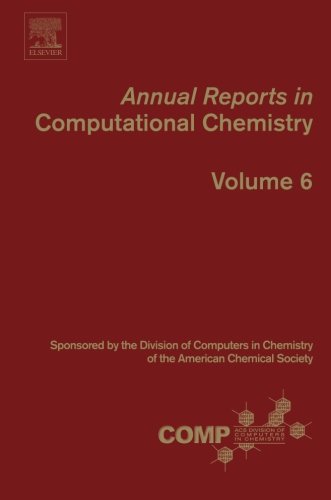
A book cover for Annual Reports in Computational Chemistry, Volume 6; Science & Math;